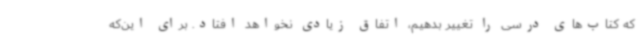
که کتاب‌های درسی را تغییر بدهیم، اتفاق زیادی نخواهد افتاد. برای این‌که